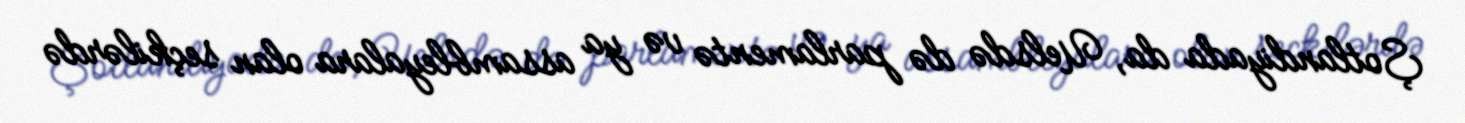
Şotlandiyada da, Uelsdə də parlamentə və ya assambleyalara olan seçkilərdə